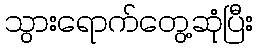
သွားရောက်တွေ့ဆုံပြီး